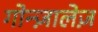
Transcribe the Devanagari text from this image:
गोन्ज़ालेज़